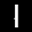
Label: 1